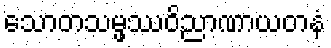
သောတသမ္ဖဿဝိညာဏာယတနံ